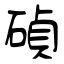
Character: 碵